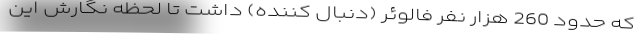
که حدود 260 هزار نفر فالوئر (دنبال کننده) داشت تا لحظه نگارش این